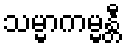
သမ္မာကမ္မန္တီ